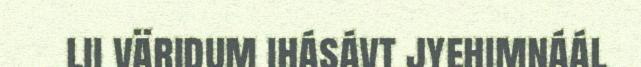
lii väridum ihásávt jyehimnáál